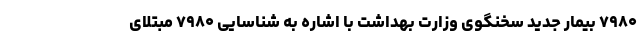
۷۹۸۰ بیمار جدید سخنگوی وزارت بهداشت با اشاره به شناسایی ۷۹۸۰ مبتلای